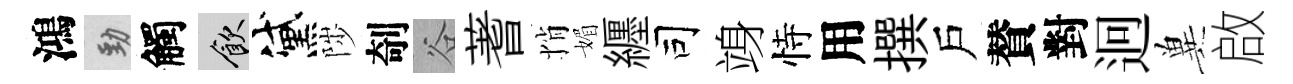
鴻勁觸飲黛陟剞谷蓍悄媚纒司竧恃用撰戶賛對迥兾啟